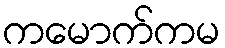
ကမောက်ကမ